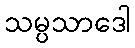
သမ္ပသာဒေါ